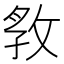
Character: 𭣲